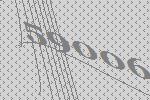
59006